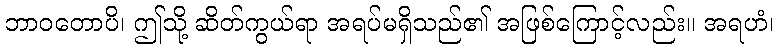
ဘာဝတောပိ၊ ဤသို့ ဆိတ်ကွယ်ရာ အရပ်မရှိသည်၏ အဖြစ်ကြောင့်လည်း။ အရဟံ၊